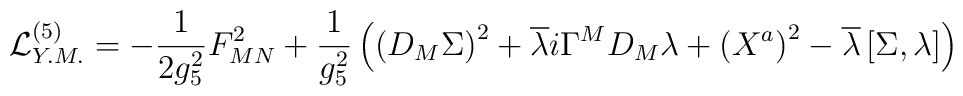
{\cal L}_{Y.M.}^{(5)} =-\frac{1}{2g_{5}^{2}} F^2_{MN}+\frac{1}{g_{5}^{2}}\left( \left( D_{M}\Sigma \right) ^{2}+\overline{\lambda }i\Gamma ^{M}D_{M}\lambda  +\left( X^{a}\right)^{2}- \overline{\lambda }\left[ \Sigma ,\lambda \right]\right)